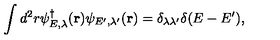
\displaystyle \int d ^ { 2 } r \psi _ { E , \lambda } ^ { \dag } ( { \bf r } ) \psi _ { E ^ { \prime } , \lambda ^ { \prime } } ( { \bf r } ) = \delta _ { \lambda \lambda ^ { \prime } } \delta ( E - E ^ { \prime } ) ,